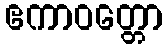
ဧကာဝတ္တော